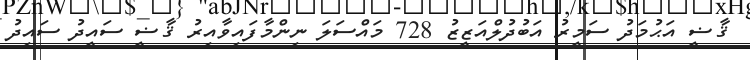
ޤާޟީ އަޙުމަދު ސަމީރު އަބުދުލްއަޒީޒު 728 މައްސަލަ ނިންމާފައިވާއިރު ޤާޟީ ސައީދު ސައިދު